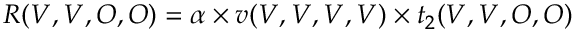
R ( V , V , O , O ) = \alpha \times v ( V , V , V , V ) \times t _ { 2 } ( V , V , O , O )